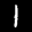
Label: 1